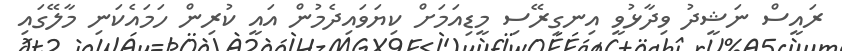
ރައީސް ނަޝީދު ވިދާޅުވީ އިނގިރޭސި މީޑިއަމަށް ކިޔަވައިދެމުން އައީ ކުރިން ހަމައެކަނި މާލޭގައި